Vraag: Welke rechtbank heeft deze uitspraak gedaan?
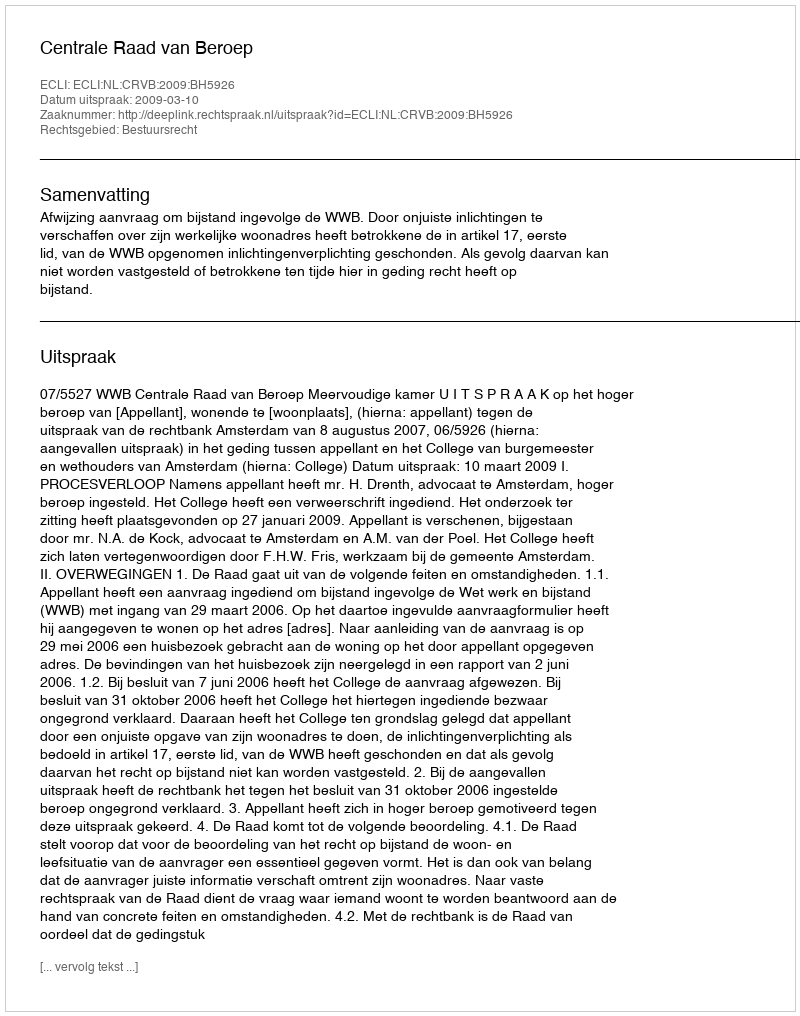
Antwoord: Centrale Raad van Beroep